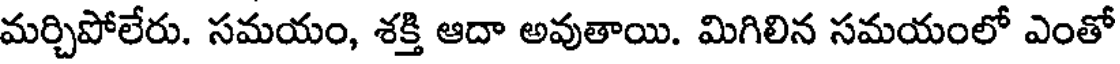
మర్చిపోలేరు. సమయం, శక్తి ఆదా అవుతాయి. మిగిలిన సమయంలో ఎంతో